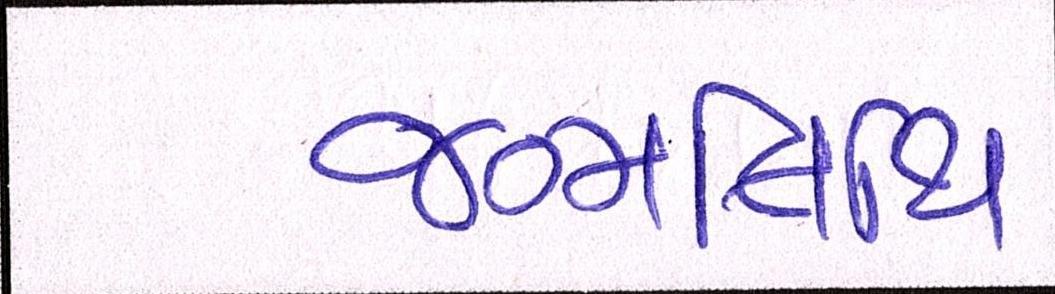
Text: જન્મતિથિ